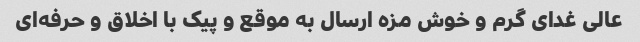
عالی غدای گرم و خوش مزه ارسال به موقع و پیک با اخلاق و حرفه‌ای